Annual report on the working of the mental hospitals in the Madras Presidency - 1912-1932
Year: 1912
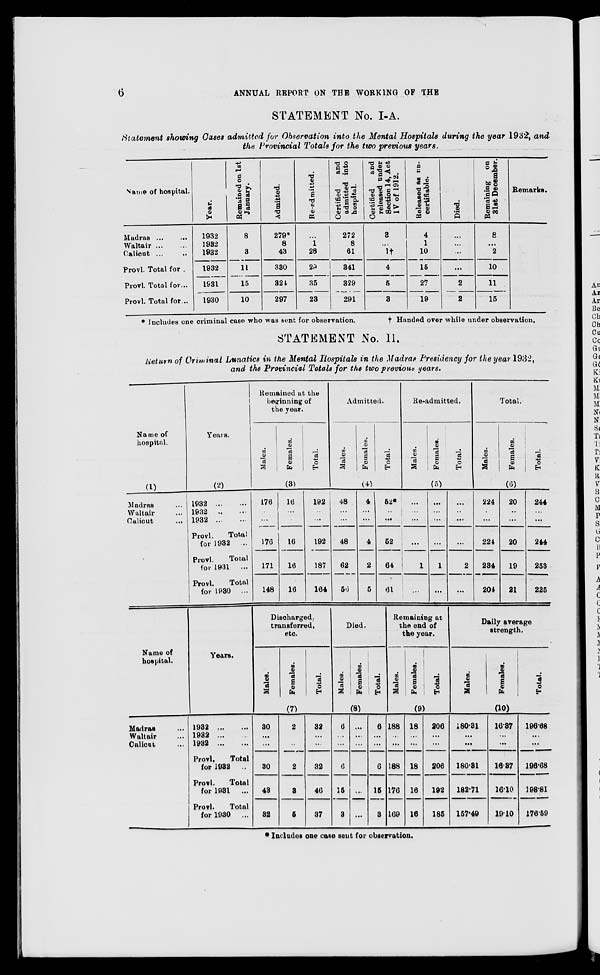
6
ANNUAL REPORT ON THE WORKING OF THE
STATEMENT No. I-A.
Statement showing Cases admitted for Observation into the Mental Hospitals during the year 1932, and
the Provincial Totals for the two previous years.
Name of hospital.
Madras ... ...
Waltair ... ...
Calicut ...
...
Provl. Total for ...
Provl. Total for ...
Provl. Total for ...
Year.
1932
1932
1932
1932
1931
1930
Remained on 1st
January.
8
3
11
15
10
Admitted.
279*
8
43
330
324
297
Re-admitted.
...
1
28
29
35
23
Certified
and
admitted into
hospital.
272
8
61
341
329
291
Certified
and
released under
Section 14, Act
IV of 1912.
3
...
1†
4
5
3
Released as un-
certifiable.
4
1
10
15
27
19
Died.
...
...
...
...
2
2
Remaining on
31st December.
8
...
2
10
11
15
Remarks.
* Includes one criminal case who was sent for observation.
†
Handed over while under observation.
STATEMENT No. II.
Return of Criminal Lunatics in the Mental Hospitals in the Madras Presidency for the year 1932,
and the Provincial Totals for the two previous years.
Name of
hospital.
(1)
Madras ...
Waltair ...
Calicut ...
Years.
(2)
1932
...
...
1932
...
...
1932 ... ...
Provl.
Total
for 1932 ...
Provl.
Total
for 1931 ...
Provl.
Total
for 1930 ...
Remained at the
beginning of
the year.
Males. Females. Total.
(3)
176
...
...
176
171
148
16
...
...
16
16
16
192
...
...
192
187
164
Admitted.
Males. Females. Total.
(4)
48
...
...
48
62
56
4
...
...
4
2
5
52*
...
...
62
64
61
Re-admitted.
Males. Females. Total.
(5)
...
...
...
...
1
...
...
...
...
...
1
...
...
...
...
...
2
...
Total.
Males. Females.
Total.
(6)
224
...
...
224
234
204
20
...
...
20
19
21
244
...
...
244
253
225
Name of
hospital.
Madras ...
Waltair ...
Calicut ...
Years.
1932
...
...
1932 ...
1982
Provl.
Total
for 1932 ...
Provl.
Total
for 1931 ...
Provl.
Total
for 1930 ...
Discharged,
transferred,
etc.
Males.
Females.
Total.
(7)
30
...
...
30
43
32
2
...
...
2
3
5
32
...
...
32
46
37
Died.
Males.
Females.
Total.
(8)
6
...
...
6
15
3
...
...
...
...
...
...
6
...
...
6
15
3
Remaining at
the end of
the year.
Males.
Females.
Total.
(9)
188
...
...
188
176
169
18
...
...
18
16
16
206
...
...
206
192
185
Daily average
strength.
Males.
Females.
Total.
(10)
180.31
...
...
180.31
182.71
157.49
16.37
...
...
16.37
16.10
19.10
196.68
...
...
196.68
198.81
176.59
* Includes one case sent for observation.